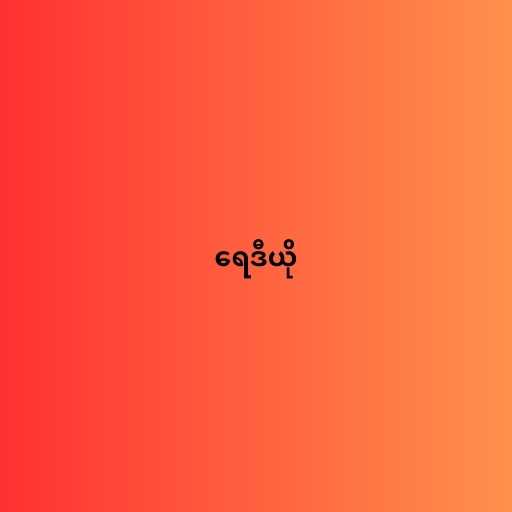
ရေဒီယို